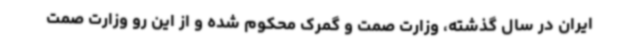
ایران در سال گذشته، وزارت صمت و گمرک محکوم شده و از این رو وزارت صمت